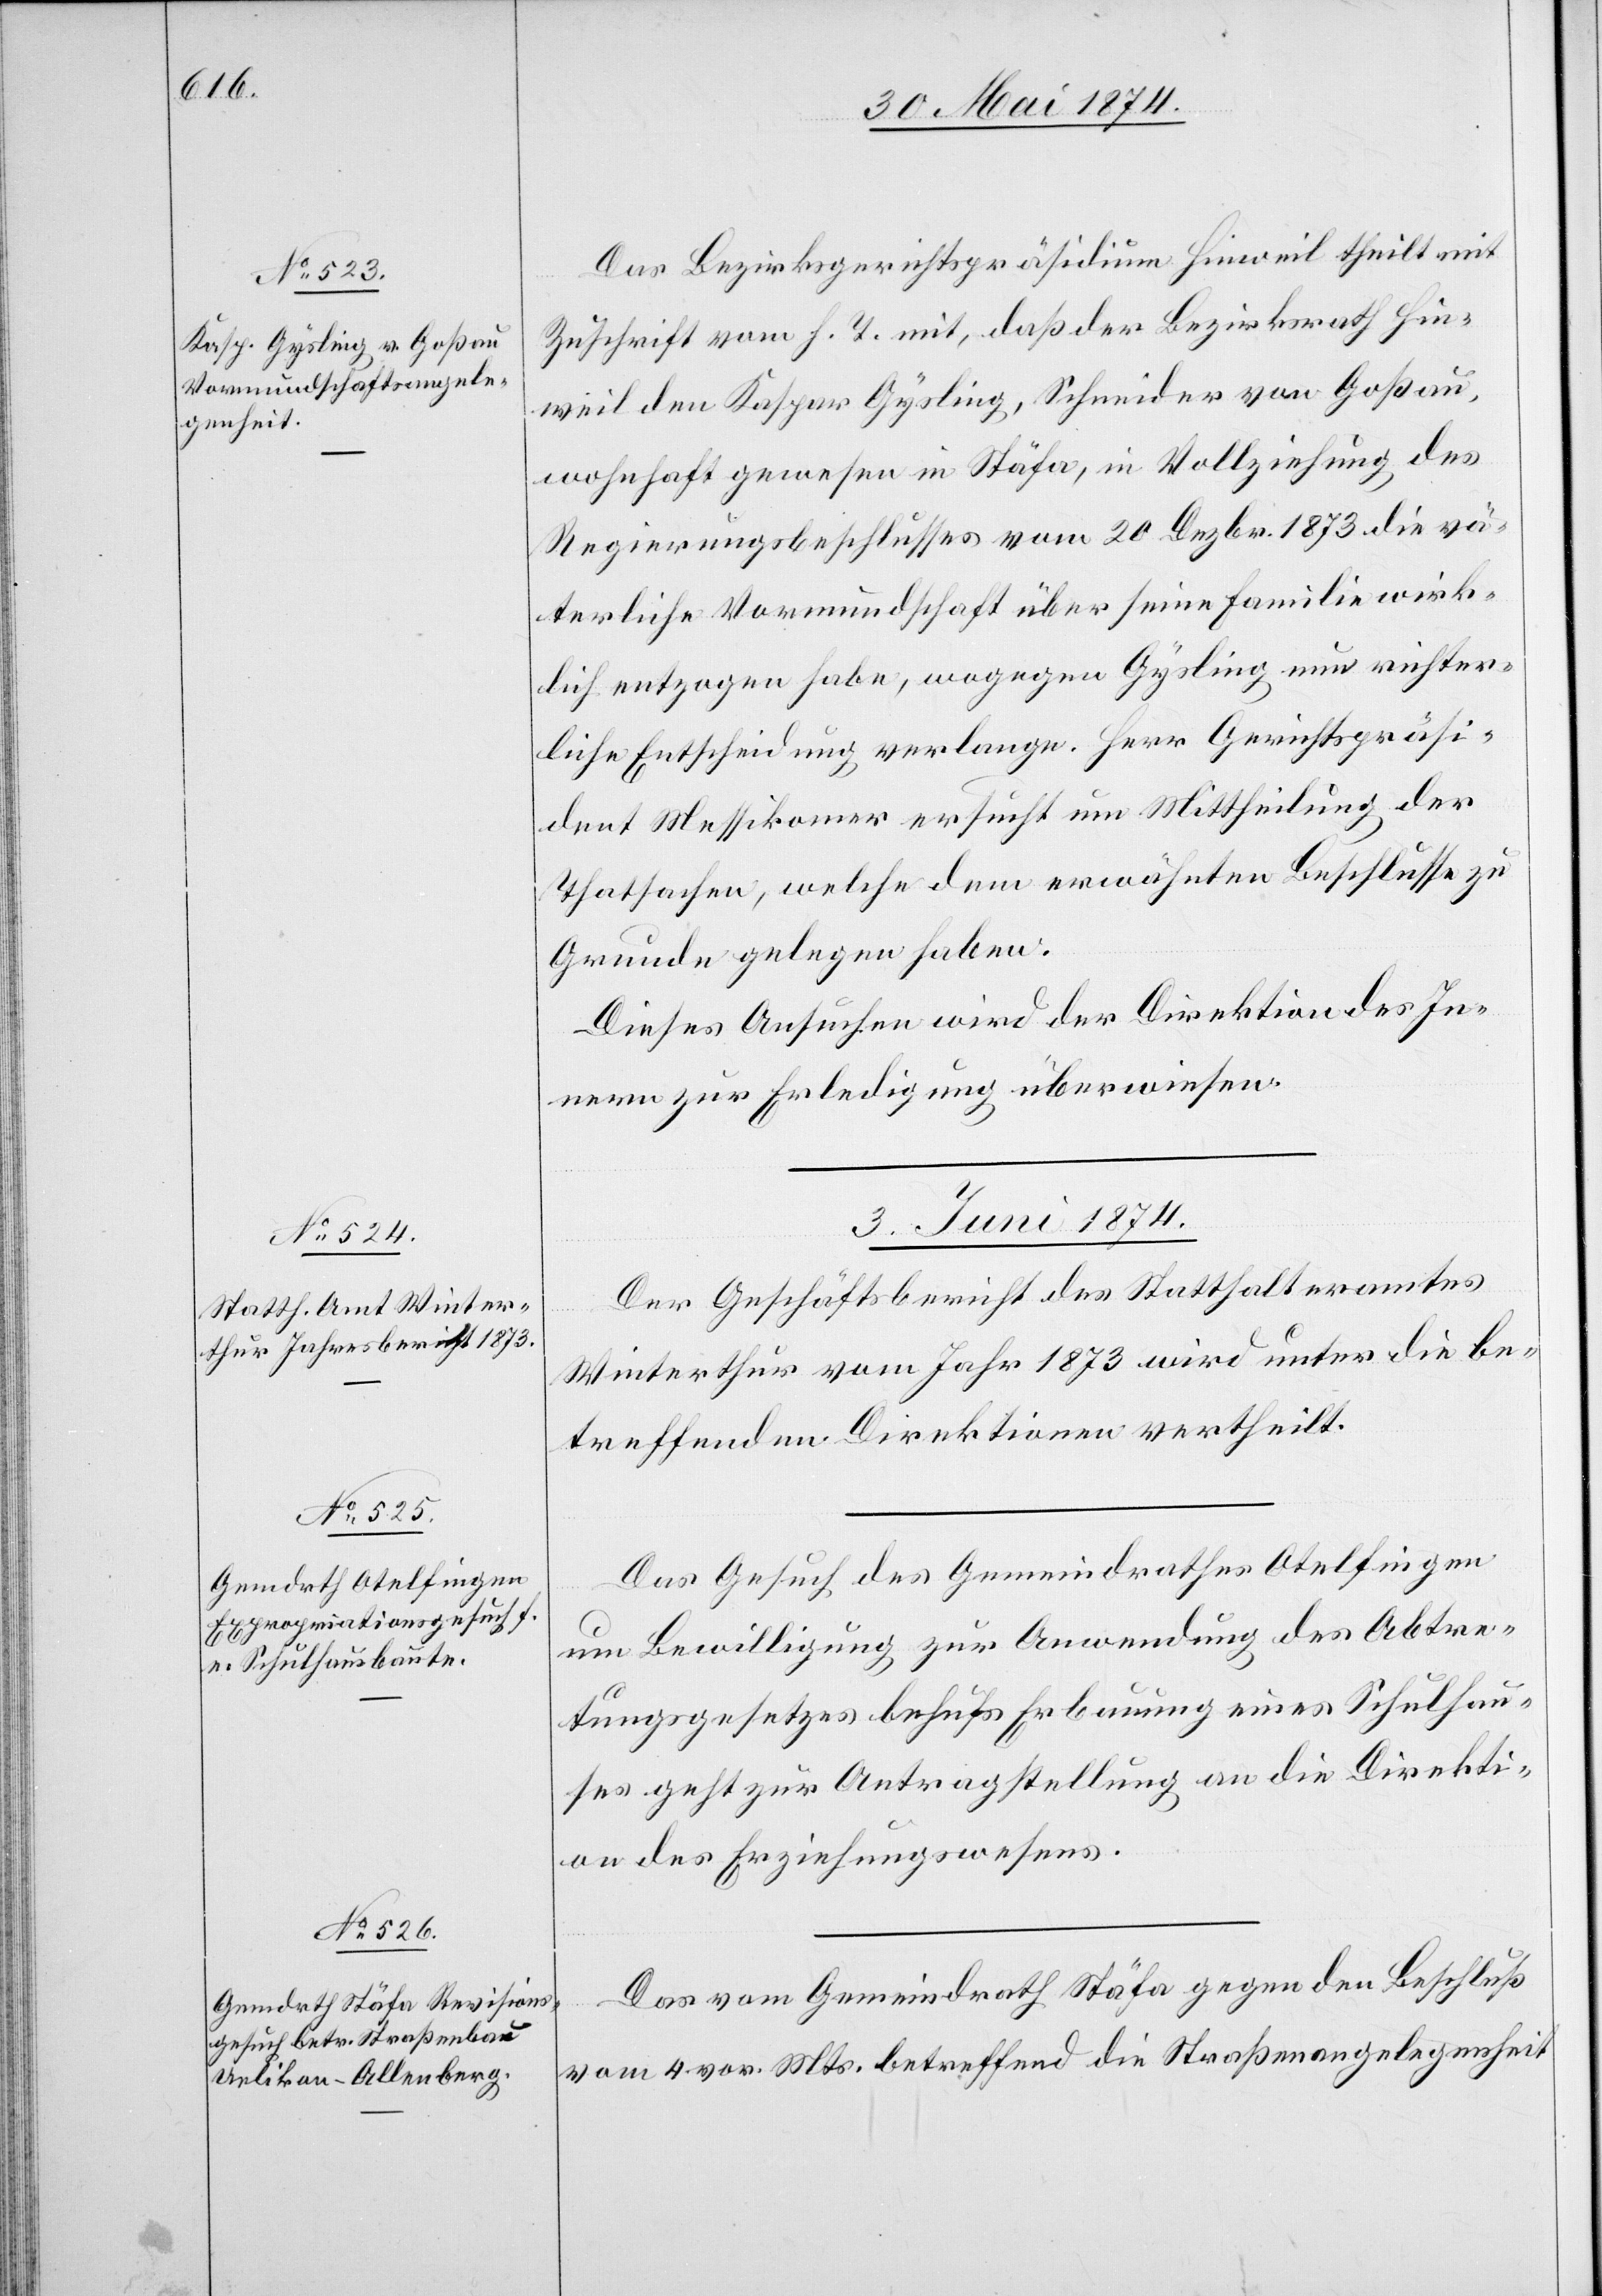
Das Bezirksgerichtspräsidium Hinweil theilt mit
Zuschrift vom h. T. mit, daß der Bezirksrath Hin¬
weil den Kaspar Gysling, Schneider von Goßau,
wohnhaft gewesen in Stäfa, in Vollziehung des
Regierungsbeschlusses vom 20. Dezbr. 1873 die vä¬
terliche Vormundschaft über seine Familie wirk¬
lich entzogen habe, wogegen Gysling nun richter¬
liche Entscheidung verlange. Herr Gerichtspräsi¬
dent Messikomer ersucht um Mittheilung der
Thatsachen, welche dem erwähnten Beschlusse zu
Grunde gelegen haben.
Dieses Ansuchen wird der Direktion des In¬
nern zur Erledigung überwiesen.
3. Juni 1874.]
Der Geschäftsbericht des Statthalteramtes
Winterthur vom Jahr 1873 wird unter die be¬
treffenden Direktionen vertheilt.
Das Gesuch des Gemeindrathes Otelfingen
um Bewilligung zur Anwendung des Abtre¬
tungsgesetzes behufs Erbauung eines Schulhau¬
ses geht zur Antragstellung an die Direkti¬
on des Erziehungswesens.
Das vom Gemeindrath Stäfa gegen den Beschluß
vom 4. vor. Mts. betreffend die Straßenangelegenheit